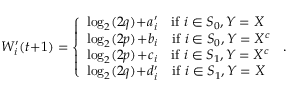
W _ { i } ^ { \prime } ( t \! + \! 1 ) = \left\{ \begin{array} { l l } { \log _ { 2 } ( 2 q ) \! + \! a _ { i } ^ { \prime } \quad \mathrm { i f ~ } i \in S _ { 0 } , Y = X } \\ { \log _ { 2 } ( 2 p ) \! + \! b _ { i } \quad \mathrm { i f ~ } i \in S _ { 0 } , Y = X ^ { c } } \\ { \log _ { 2 } ( 2 p ) \! + \! c _ { i } \quad \mathrm { i f ~ } i \in S _ { 1 } , Y = X ^ { c } } \\ { \log _ { 2 } ( 2 q ) \! + \! d _ { i } ^ { \prime } \quad \mathrm { i f ~ } i \in S _ { 1 } , Y = X } \end{array} \right. \, .